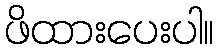
ဖိထားပေးပါ။